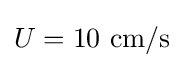
U=10{\text{ cm}}/{\text{s}}